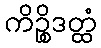
ကိဉ္စိဒတ္ထံ